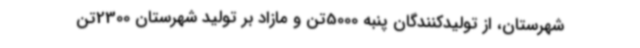
شهرستان، از تولیدکنندگان پنبه 5000تن و مازاد بر تولید شهرستان 2300تن